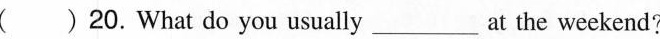
( )20.What do you usually___at the weekend?